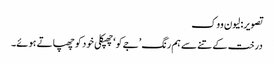
تصویر: لیون ووک
درخت کے تنے سے ہم رنگ ’جےکو‘ چھپکلی خود کو چھپاتے ہوئے۔